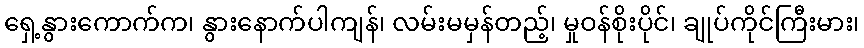
ရှေ့နွားကောက်က၊ နွားနောက်ပါကျန်၊ လမ်းမမှန်တည့်၊ မှုဝန်စိုးပိုင်၊ ချုပ်ကိုင်ကြီးမား၊